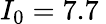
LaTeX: I_{0}=7.7\